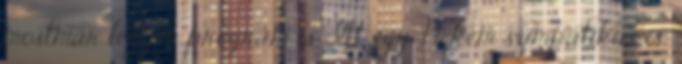
mostmár legyen program is Itt egy, Nekem szimpatikus is: